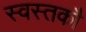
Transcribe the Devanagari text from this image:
स्वस्तकौ